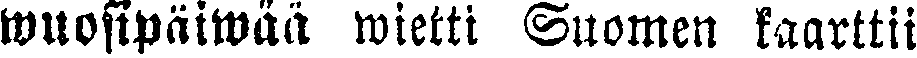
wuosipäiwää wietti Suomen kaarttii